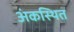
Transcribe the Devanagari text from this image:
अंकस्थित